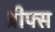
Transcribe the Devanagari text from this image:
ब्रीफ्स